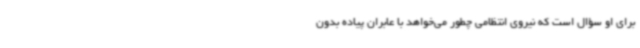
برای او سؤال است که نیروی انتظامی چطور می‌خواهد با عابران پیاده بدون